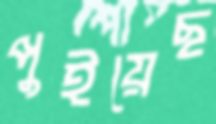
পুইয়েছ